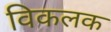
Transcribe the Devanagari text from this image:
विकलक